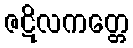
ဇဋိလကတ္တေ